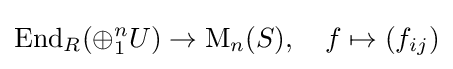
\operatorname {End} _{R}(\oplus _{1}^{n}U)\to \operatorname {M} _{n}(S),\quad f\mapsto (f_{ij})